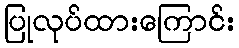
ပြုလုပ်ထားကြောင်း